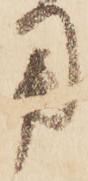
用